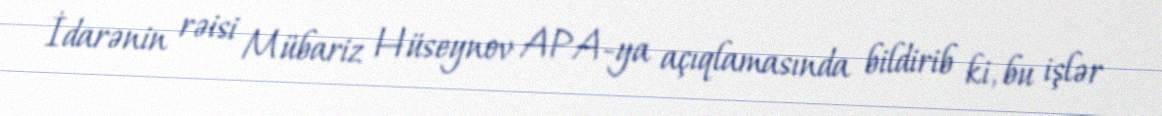
İdarənin rəisi Mübariz Hüseynov APA-ya açıqlamasında bildirib ki, bu işlər